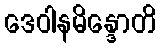
ဒေဝါနမိန္ဒောတိ